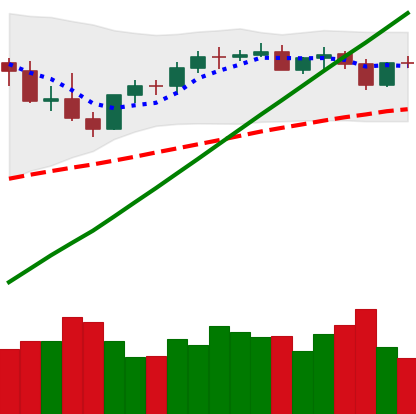
Ticker: BTC-USD
Chart end date: 2021-04-09
Forward return: 8.352%
Label: up_7plus